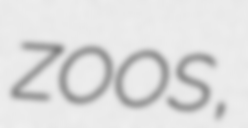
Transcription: zoos,